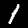
Digit: 1